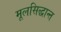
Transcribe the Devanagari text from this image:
मूलसिद्धान्त